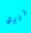
تريح